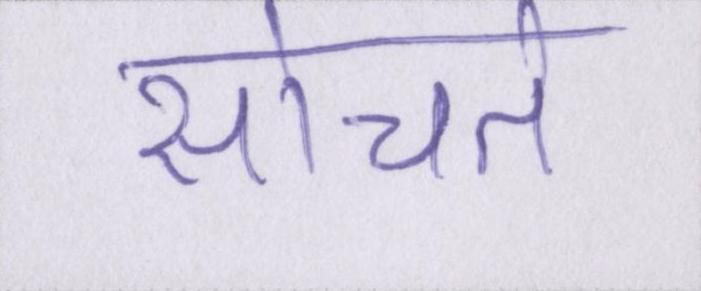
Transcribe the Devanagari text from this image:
सोचते